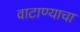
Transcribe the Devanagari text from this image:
वाटाण्याचा